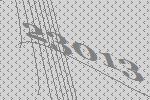
23013